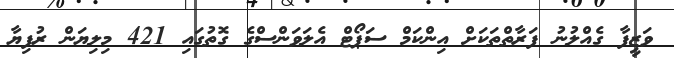
ވަޒީފާ ގެއްލުނު ފަރާތްތަކަށް އިންކަމް ސަޕޯޓް އެލަވަންސްގެ ގޮތުގައި 421 މިލިޔަން ރުފިޔާ